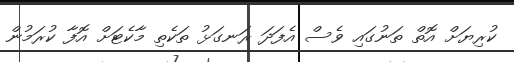
ކުރިޔަށް އޮތް ތަނުގައި ވެސް އެފަދަ ރަނގަޅު ތަކެތި މާކެޓަށް އޮފާ ކުރަމުން